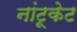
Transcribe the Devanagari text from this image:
नांटूकेट